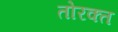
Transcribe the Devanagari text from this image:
तोरक्त